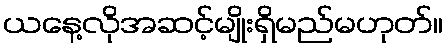
ယနေ့လိုအဆင့်မျိုးရှိမည်မဟုတ်။